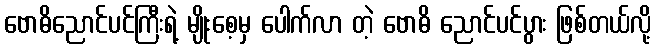
ဗောဓိညောင်ပင်ကြီးရဲ့ မျိုးစေ့မှ ပေါက်လာ တဲ့ ဗောဓိ ညောင်ပင်ပွား ဖြစ်တယ်လို့